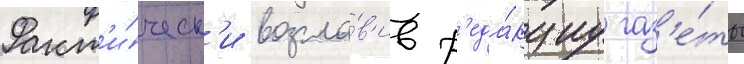
Факт'и́ческ'и возгла́в'ив р'еда́кциу газ'е́ты